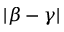
\vert \beta - \gamma \vert